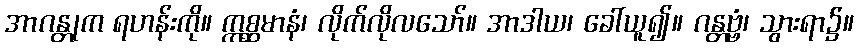
အာဂန္တုက ရဟန်းကို။ ဣစ္ဆမာနံ၊ လိုက်လိုလသော်။ အာဒါယ၊ ခေါ်ယူ၍။ ဂန္တဗ္ဗံ၊ သွားရာ၌။